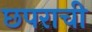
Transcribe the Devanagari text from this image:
छपराची